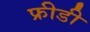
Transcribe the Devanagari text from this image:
फ्रीडी